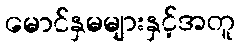
မောင်နှမများနှင့်အတူ